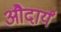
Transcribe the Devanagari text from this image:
औदार्यं